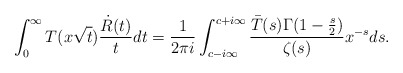
\begin{align*}\int_{0}^{\infty}T(x\sqrt{t})\frac{\dot{R}(t)}{t}dt=\frac{1}{2\pi i}\int_{c-i\infty}^{c+i\infty}\frac{\bar{T}(s)\Gamma(1-\frac{s}{2})}{\zeta(s)}x^{-s}ds.\end{align*}